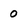
Character: 0